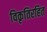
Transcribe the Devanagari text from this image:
विकृतिरहित